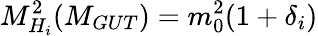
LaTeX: M_{H_{i}}^{2}(M_{GUT})=m_{0}^{2}(1+\delta_{i})